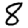
Digit: 8